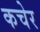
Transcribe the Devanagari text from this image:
कचेर